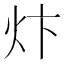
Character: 炞